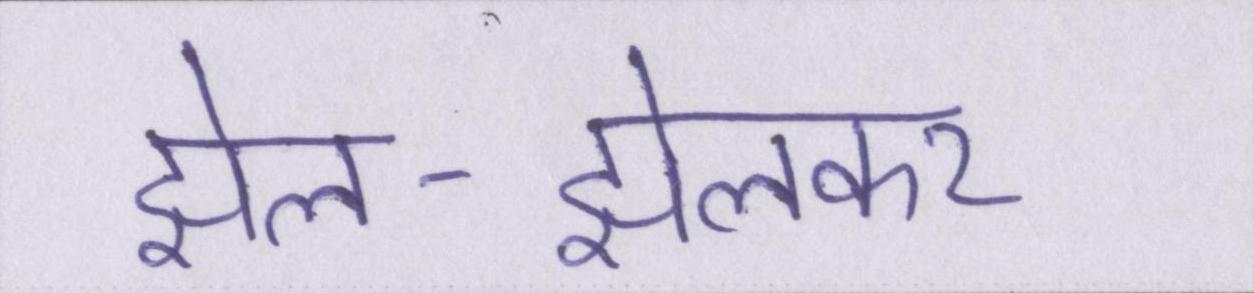
झेल-झेलकर